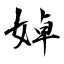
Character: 婥